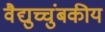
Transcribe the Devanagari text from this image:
वैद्युच्चुंबकीय